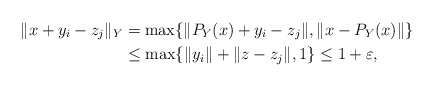
\begin{align*} \| x + y_i - z_j \|_Y &= \max\{\|P_Y(x) + y_i - z_j\|, \|x - P_Y(x)\|\}\\ &\le \max\{\|y_i\| + \|z - z_j\|, 1\} \le 1 + \varepsilon, \end{align*}